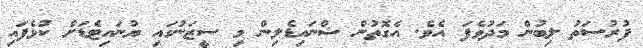
ފުރުސަތު ލިބުން މަދުވެފަ އެވެ. އެގޮތުން ޝްނައިޑެލިން މި ސީޒަނުގައި ޔުނައިޓެޑަށް ކުޅެފައި